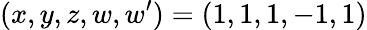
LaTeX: (x,y,z,w,w^{\prime})=(1,1,1,-1,1)